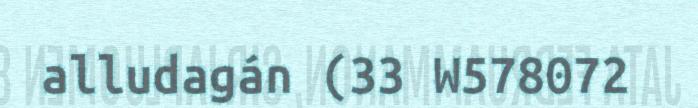
alludagán (33 W578072